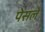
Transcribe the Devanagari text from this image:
पेसले